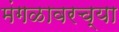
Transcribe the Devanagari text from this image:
मंगळावरच्या